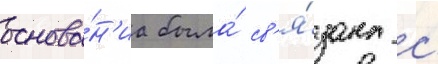
основа́н'иа была́ св'я́зана с